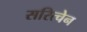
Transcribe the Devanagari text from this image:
सरित्चेन